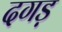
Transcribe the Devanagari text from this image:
दगड़